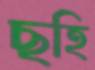
ছহি